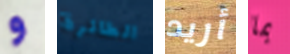
و الطائرة أريد بما